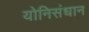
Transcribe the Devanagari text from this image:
योनिसंधान